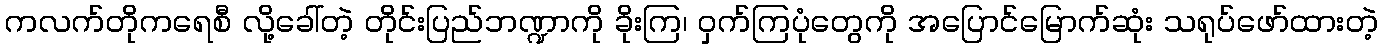
ကလက်တိုကရေစီ လို့ခေါ်တဲ့ တိုင်းပြည်ဘဏ္ဍာကို ခိုးကြ၊ ဝှက်ကြပုံတွေကို အပြောင်မြောက်ဆုံး သရုပ်ဖော်ထားတဲ့